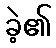
ခဲ့၏